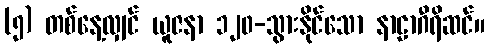
(၅) တစ်နေ့လျှင် ယူဇနာ ၁၂၀-သွားနိုင်သော နာဠာဂီရိဆင်။